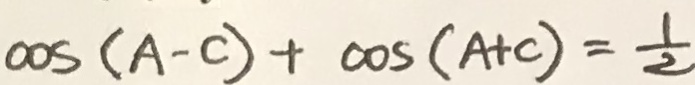
\cos ( A - C ) + \cos ( A + C ) = \frac { 1 } { 2 }